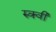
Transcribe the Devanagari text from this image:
रुक्‍वी